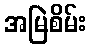
အမြဲစိမ်း